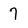
Character: 7